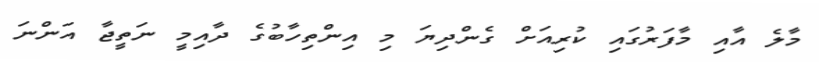
މާލެ އާއި މާފަރުގައި ކުރިއަށް ގެންދިޔަ މި އިންތިހާބުގެ ދާއިމީ ނަތީޖާ އަންނަ